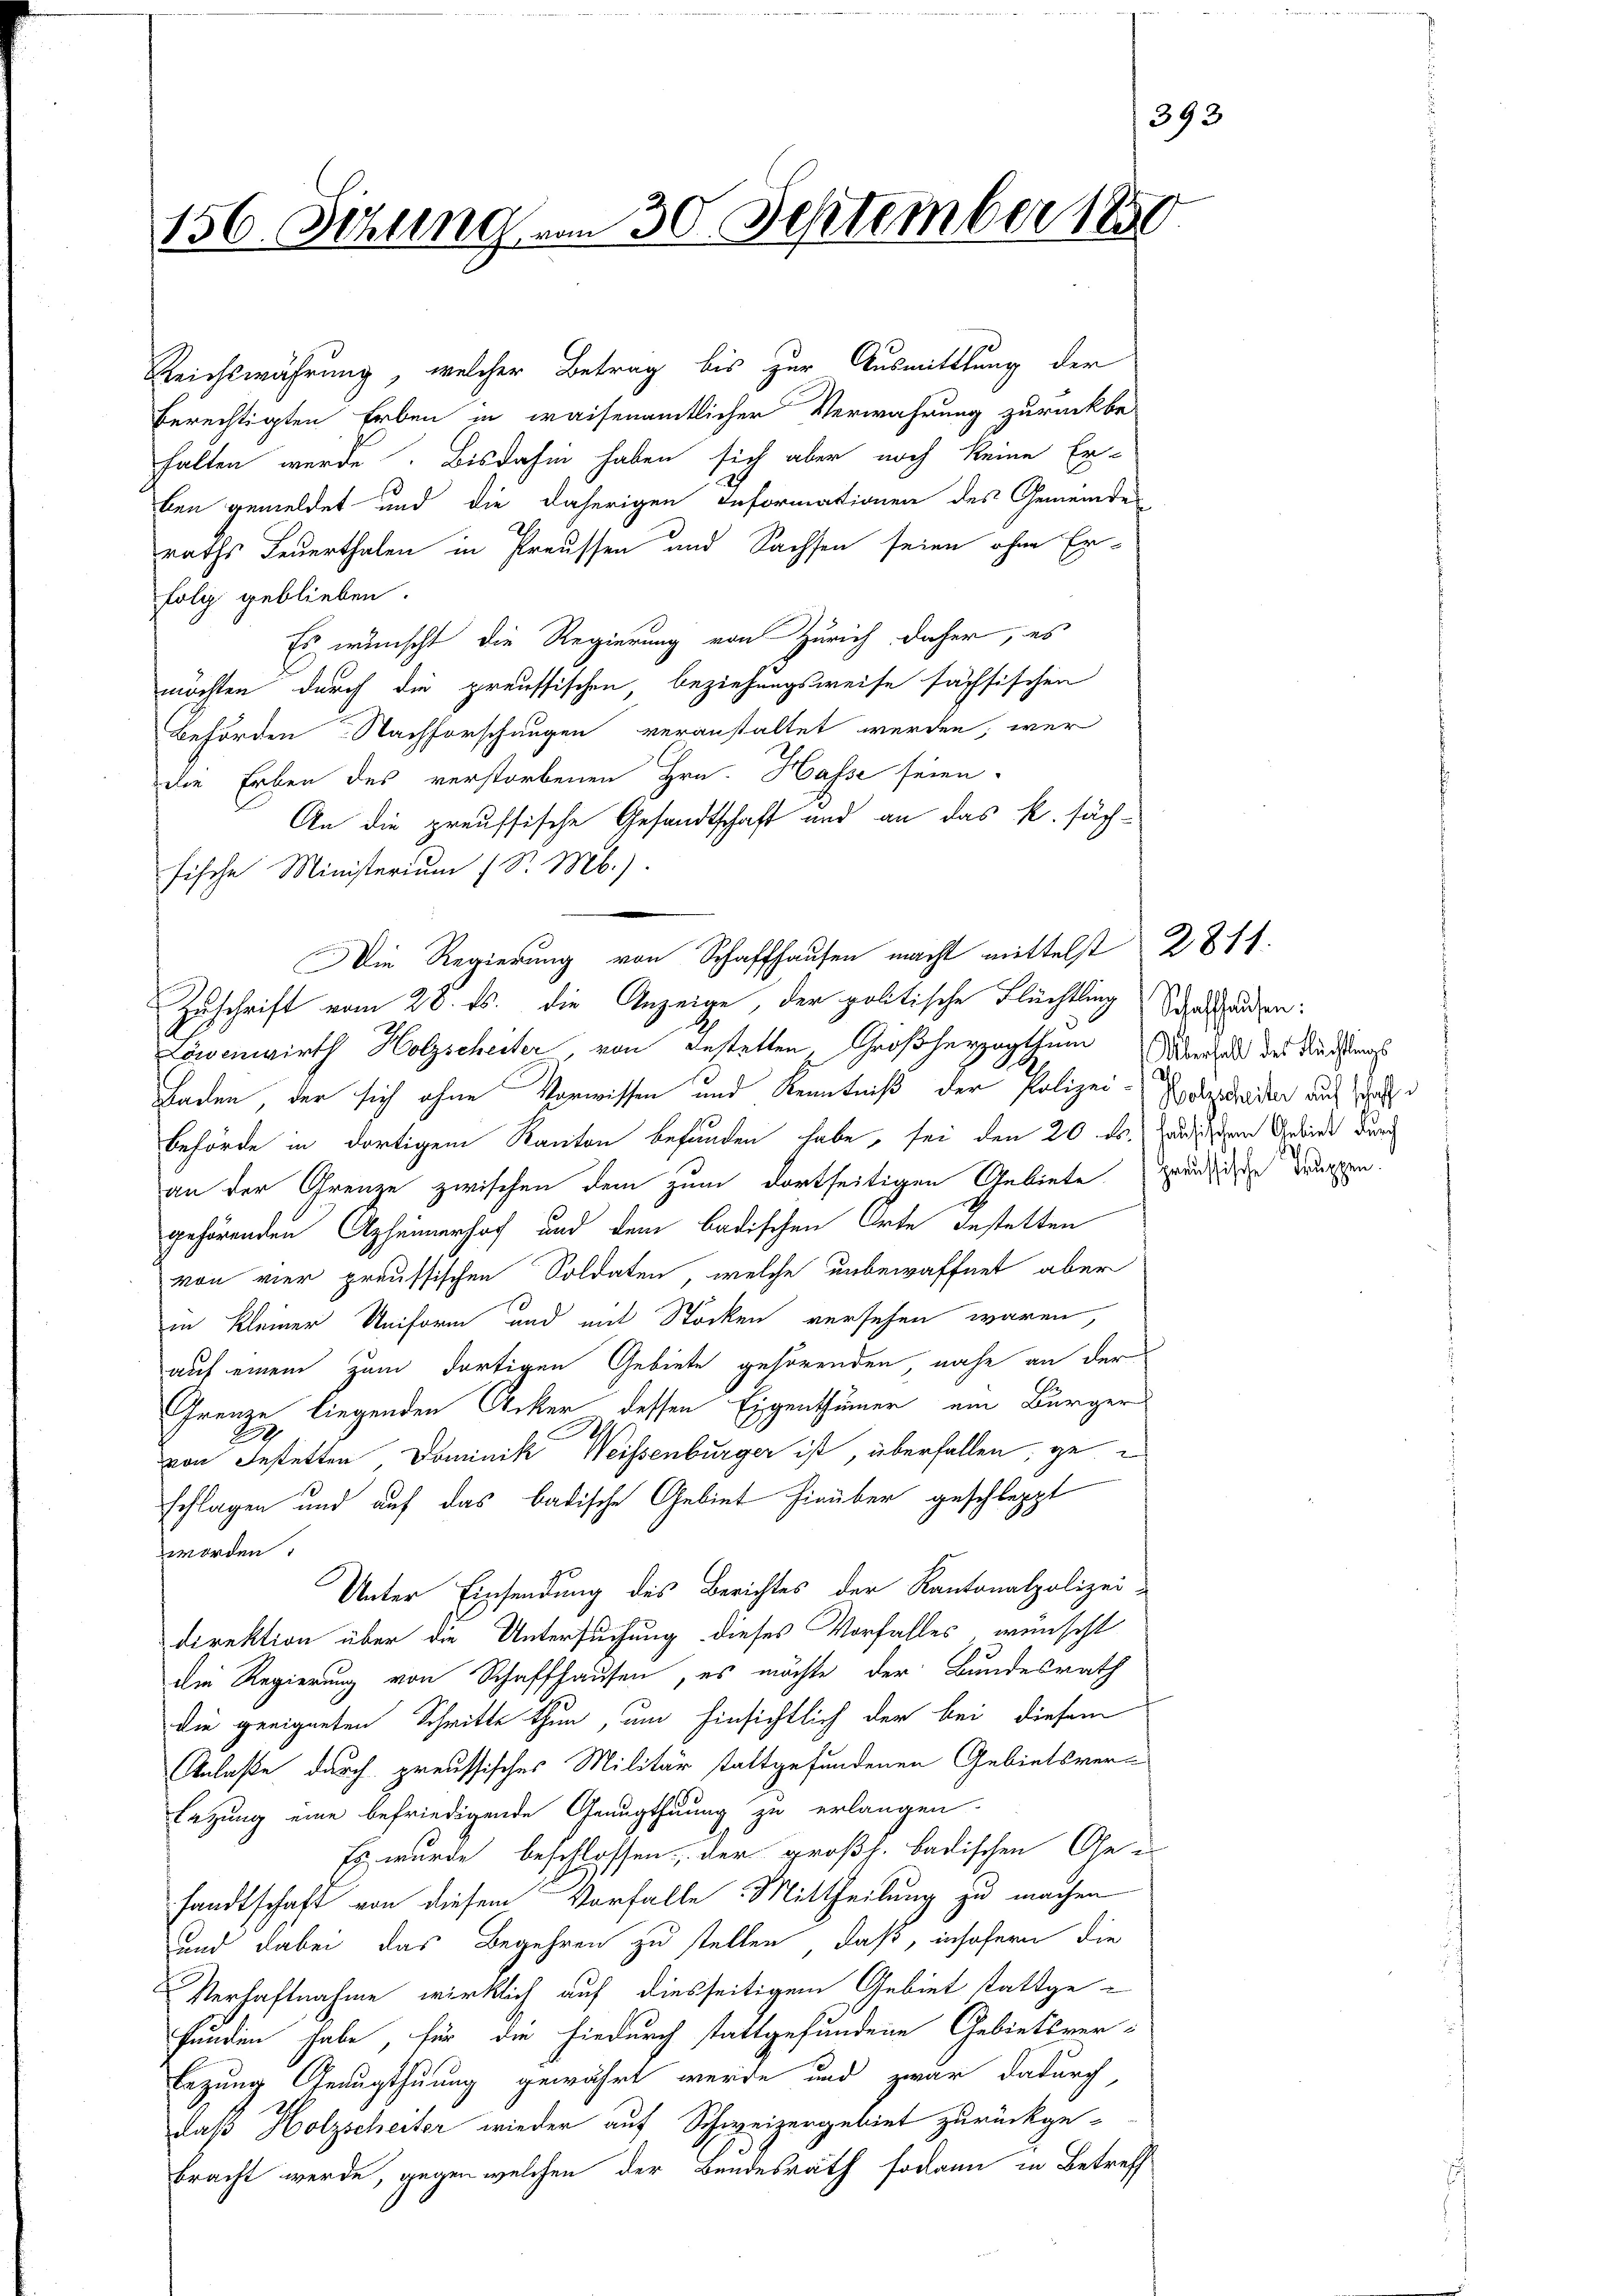
156. Sehling vom 30. September 1850.

Reichswährung, welcher Betrag bis zur Ausmittlung der
berechtigten Erben in waisenamtlicher Verwahrung zurückbe-
halten werde. Bisdahin haben sich aber noch keine Er-
ben gemeldet und die daherigen Informationen des Gemeinde
raths Feuerthalen in Preussen und Sachsen seien ohne Er-
folg geblieben.
Es wünscht die Regierung von Zürich daher, es
möchten durch die preussischen, beziehungsweise sächsischen
Behörden. Nachforschungen veranstaltet werden, wer
die Erben des verstorbenen Hrn. Hasse seien.
An die preussische Gesandtschaft und an das R. sächfische Ministerium (S. Mb.).
Löwenwirth Holzscheiter, von gestetten. Großherzogthum Werden der Dienstmas
Baden, der sich ohne Vorwissen und Kenntniß der Polizei-Soldaten auch auf d
Behörde in dortigem Kanton befunden habe, sei den 20. dr. sanischen Gebinde durch
an der Grenze zwischen dem zum dortseitigen Gebiete zweid den Truppen.
gehörenden Azheimerhof und dem badischen Orte gestatten
von vier preussischen Soldaten, welche unbewaffnet aber
in kleiner Uniform und mit Stöcken versehen waren,
auf einem zum dortigen Gebiete gehörenden, nahe an der
Grenze liegenden Acker dessen Eigenthümer ein Bürger
von Bestetten Dominik, Weissenburger ist, überfallen, geschlagen und auf das badische Gebiet hinüber geschleppt
worden.
Unter Einsendung des Berichtes der Kantonalpolizei-
direktion über die Untersuchung dieses Vorfalles wünscht
die Regierung von Schaffhausen, es möchte der Bundesrath
die geeigneten Schritte thun, um hinsichtlich der bei diesem
Anlaße durch preussisches Militär stattgefundenen Gebietsverletzung eine befriedigende Genugthuung zu erlangen.
Es wurde beschlossen, der großh. badischen Ge-
sandtschaft von diesem Vorfalle Mittheilung zu machen
und dabei das Begehren zu stellen, daß, insofern die
Verhaftnahme wirklich auf diesseitigem Gebiet stattgefunden habe, für die hiedurch stattgefundene Gebietsverbezung Genugthuung gewährt werde und zwar dadurch,
daß Holzscheiter wieder auf Schweizergebiet zurückgebracht werde, gegen welchen der Bundesrath sodann in Betreff

Die Regierung von Schaffhausen macht mittelst 2811.
Zuschrift vom 28. ds. die Anzeige, der politische Flüchtling sanstanden:

393